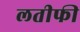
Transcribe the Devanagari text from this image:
लतीफी